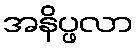
အနိပ္ဖလာ